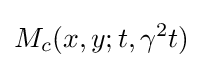
M_{c}(x,y;t,\gamma ^{2}t)